Scientific memoirs by medical officers of the Army of India - Part XII,
Year: 1901
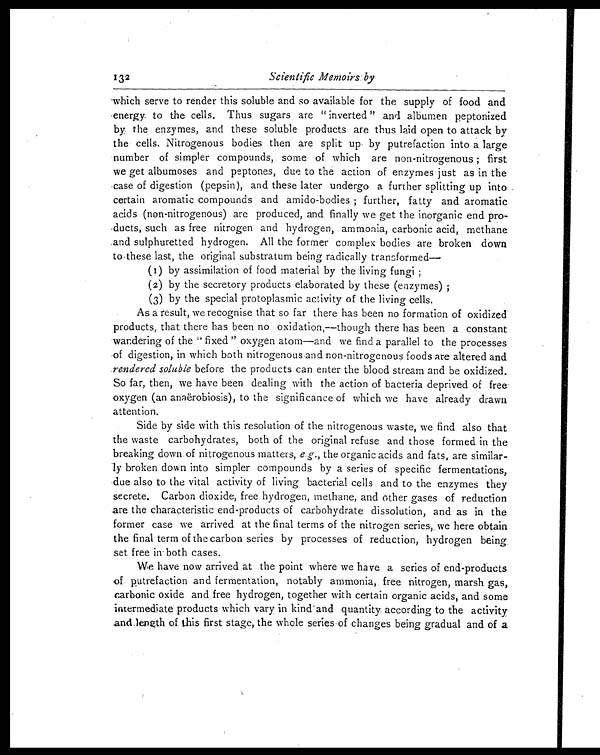
Scientific Memoirs by
which serve to render this soluble and so available for the supply of food and
energy to the cells. Thus sugars are "inverted" and albumen peptonized
by the enzymes, and these soluble products are thus laid open to attack by
the cells. Nitrogenous bodies then are split up by putrefaction into a large
number of simpler compounds, some of which are non-nitrogenous ; first
we get albumoses and peptones, due to the action of enzymes just as in the
case of digestion (pepsin), and these later undergo a further splitting up into
certain aromatic compounds and amido-bodies ; further, fatty and aromatic
acids (non-nitrogenous) are produced, and finally we get the inorganic end pro
-
ducts, such as free nitrogen and hydrogen, ammonia, carbonic acid, methane
and sulphuretted hydrogen. All the former complex bodies are broken down
to these last, the original substratum being radically transformed
—
(1) by assimilation of food material by the living fungi ;
( 2 ) b y t h e s e c r e t o r y p r o d u c t s e l a b o r a t e d b y t h e s e ( e n z y m e s ) ;
( 3 ) b y t h e s p e c i a l p r o t o p l a s m i c a c t i v i t y o f t h e l i v i n g c e l l s .
As a result, we recognise that so far there has been no formation of oxidized
products, that there has been no oxidation,—though there has been a constant
wandering of the "fixed" oxygen atom—and we find a parallel to the processes
of digestion, in which both nitrogenous and non-nitrogenous foods are altered and
rendered soluble before the products can enter the blood stream and be oxidized.
So far, then, we have been dealing with the action of bacteria deprived of free
oxygen (an anaërobiosis), to the significance of which we have already drawn
attention.
Side by side with this resolution of the nitrogenous waste, we find also that
the waste carbohydrates, both of the original refuse and those formed in the
breaking down of nitrogenous matters, e . g ., the organic acids and fats, are similar
-
ly broken down into simpler compounds by a series of specific fermentations,
due also to the vital activity of living bacterial cells and to the enzymes they
secrete. Carbon dioxide, free hydrogen, methane, and other gases of reduction
are the characteristic end-products of carbohydrate dissolution, and as in the
former case we arrived at the final terms of the nitrogen series, we here obtain
the final term of the carbon series by processes of reduction, hydrogen being
set free in both cases.
We have now arrived at the point where we have a series of end-products
of putrefaction and fermentation, notably ammonia, free nitrogen, marsh gas,
carbonic oxide and free hydrogen, together with certain organic acids, and some
intermediate products which vary in kind and quantity according to the activity
and length of this first stage, the whole series of changes being gradual and of a
132